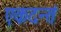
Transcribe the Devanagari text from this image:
एकदन्तं